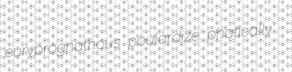
euryprognathous poulardize phatically